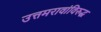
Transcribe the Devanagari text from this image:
उत्तमरावांविरुद्ध